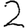
Digit: 2